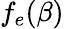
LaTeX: f_{e}(\beta)